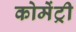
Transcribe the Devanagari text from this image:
कोमेंट्री